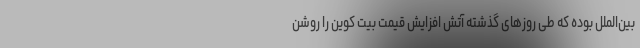
بین‌الملل بوده که طی روزهای گذشته آتش افزایش قیمت بیت کوین را روشن